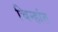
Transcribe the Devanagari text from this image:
चिन्हांत